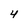
Character: 4